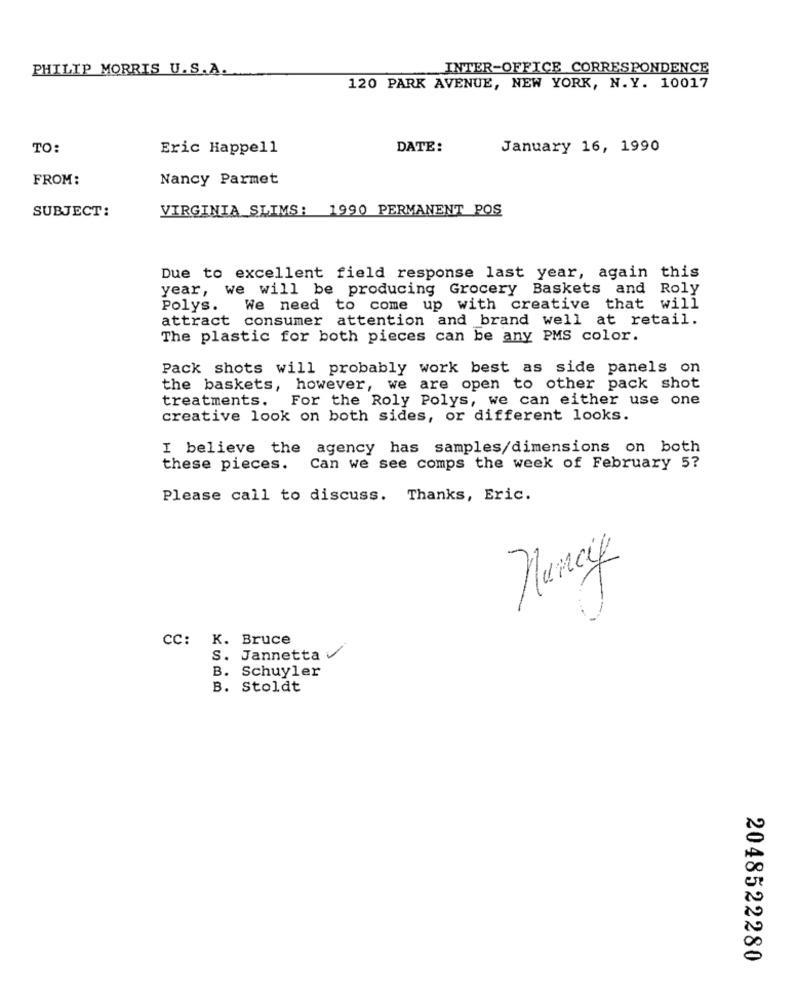
PHILIP MORRIS U.S.A.
INTER-OFFICE CORRESPONDENCE
120 PARK AVENUE, NEW YORK, N.Y. 10017
TO:
Eric Happell
DATE:
January 16, 1990
FROM:
Nancy Parmet
SUBJECT:
VIRGINIA SLIMS: 1990 PERMANENT POS
Due to excellent field response last year, again this
year, we will be producing Grocery Baskets and Roly
Polys.
We need to come up with creative that will
attract consumer attention and brand well at retail.
The plastic for both pieces can be any PMS color.
Pack shots will probably work best as side panels on
the baskets, however, we are open to other pack shot
treatments.
For the Roly Polys, we can either use one
creative look on both sides, or different looks.
I believe the agency has samples/dimensions on both
these pieces.
Can we see comps the week of February 5?
Please call to discuss. Thanks, Eric.
CC: K. Bruce
S.
Jannetta V
B. Schuyler
B. Stoldt
2048522280